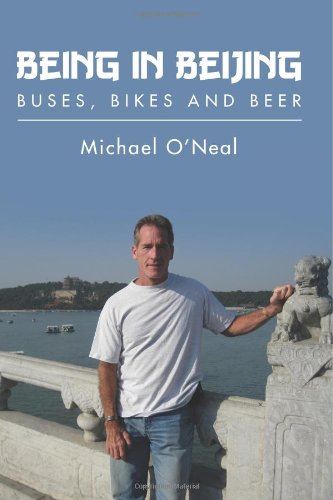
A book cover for Being in Beijing: Buses, Bikes and Beer; Michael ONeal; Travel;